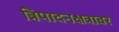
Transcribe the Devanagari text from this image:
त्रिपादनक्षत्रावर